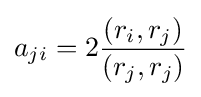
a_{ji}=2{(r_{i},r_{j}) \over (r_{j},r_{j})}